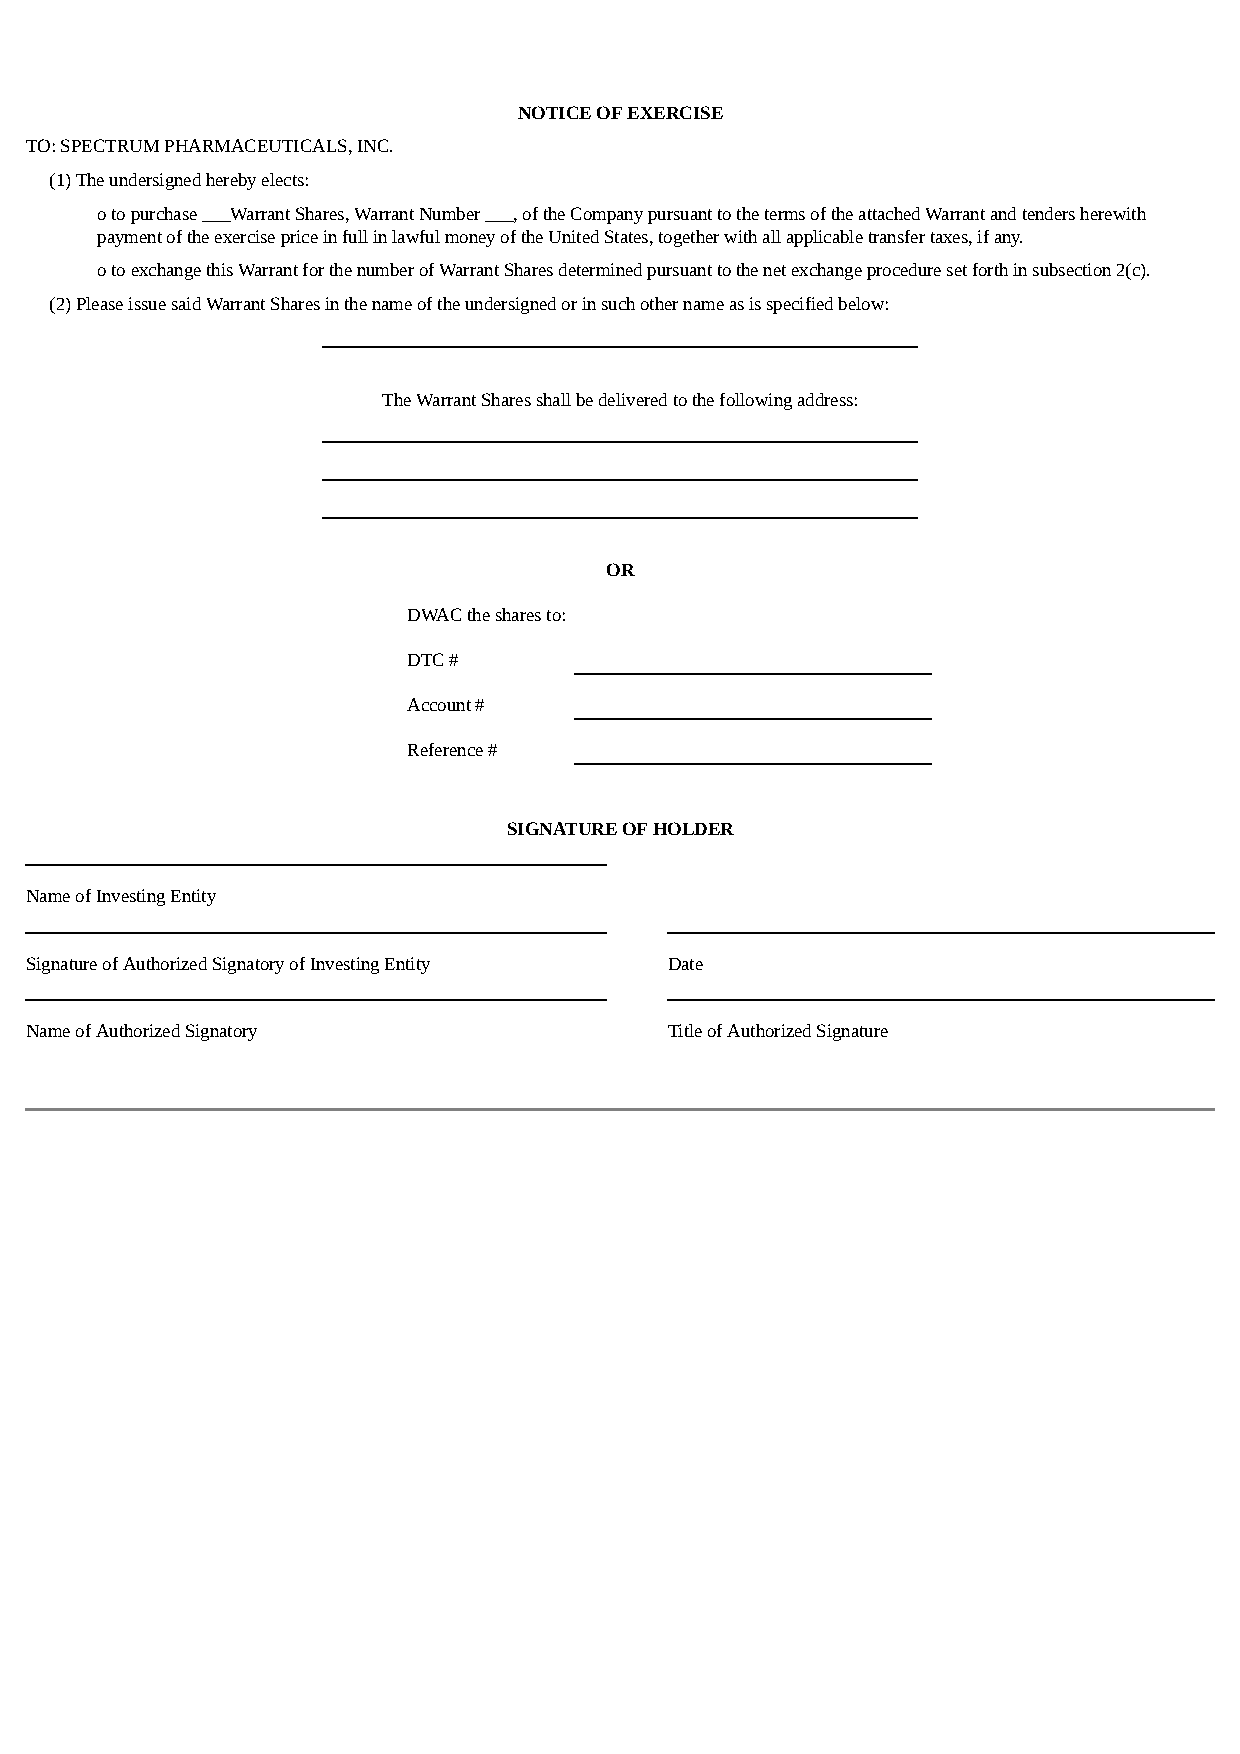
NOTICE OF EXERCISE
 TO: SPECTRUM PHARMACEUTICALS, INC.
 (1) The undersigned hereby elects:
 o to purchase ___Warrant Shares, Warrant Number ___, of the Company pursuant to the terms of the attached Warrant and tenders herewith
 payment of the exercise price in full in lawful money of the United States, together with all applicable transfer taxes, if any.
 o to exchange this Warrant for the number of Warrant Shares determined pursuant to the net exchange procedure set forth in subsection 2(c).
 (2) Please issue said Warrant Shares in the name of the undersigned or in such other name as is specified below:
 The Warrant Shares shall be delivered to the following address:
 OR
 DWAC the shares to:
 DTC #
 Account #
 Reference #
 SIGNATURE OF HOLDER
 Name of Investing Entity
 Signature of Authorized Signatory of Investing Entity Date
 Name of Authorized Signatory              Title of Authorized Signature